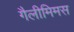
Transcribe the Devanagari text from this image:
गैलीमिमस